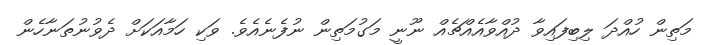
މަތިން ހުއްދަ ލިބިފައިވާ ދުއްވާއެއްޗެއް ނޫނީ މަގުމަތިން ނުފެނެއެވެ. ވަކި ހަމާއަކަށް ދެވުނުތަނާހެން